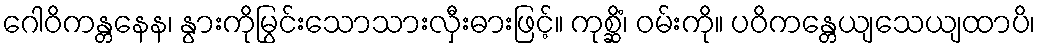
ဂေါဝိကန္တနေန၊ နွားကိုမြွင်းသောသားလှီးဓားဖြင့်။ ကုစ္ဆိံ၊ ဝမ်းကို။ ပဝိကန္တေယျသေယျထာပိ၊